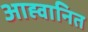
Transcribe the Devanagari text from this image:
आह्वानित